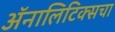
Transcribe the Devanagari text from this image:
ॲनालिटिक्सचा